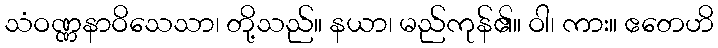
သံဝဏ္ဏနာဝိသေသာ၊ တို့သည်။ နယာ၊ မည်ကုန်၏။ ဝါ၊ ကား။ ဧတေဟိ